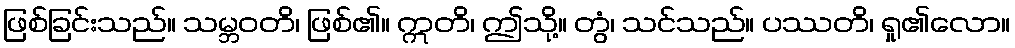
ဖြစ်ခြင်းသည်။ သမ္ဘဝတိ၊ ဖြစ်၏။ ဣတိ၊ ဤသို့။ တွံ၊ သင်သည်။ ပဿတိ၊ ရှု၏လော။